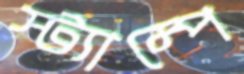
স্ট্যাম্পে